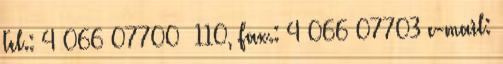
Tel.: 4 066 07700 110, Fax.: 4 066 07703 e-mail: